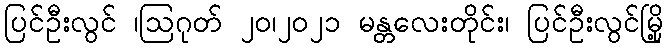
ပြင်ဦးလွင် ၊ဩဂုတ် ၂၀၊၂၀၂၁ မန္တလေးတိုင်း၊ ပြင်ဦးလွင်မြို့